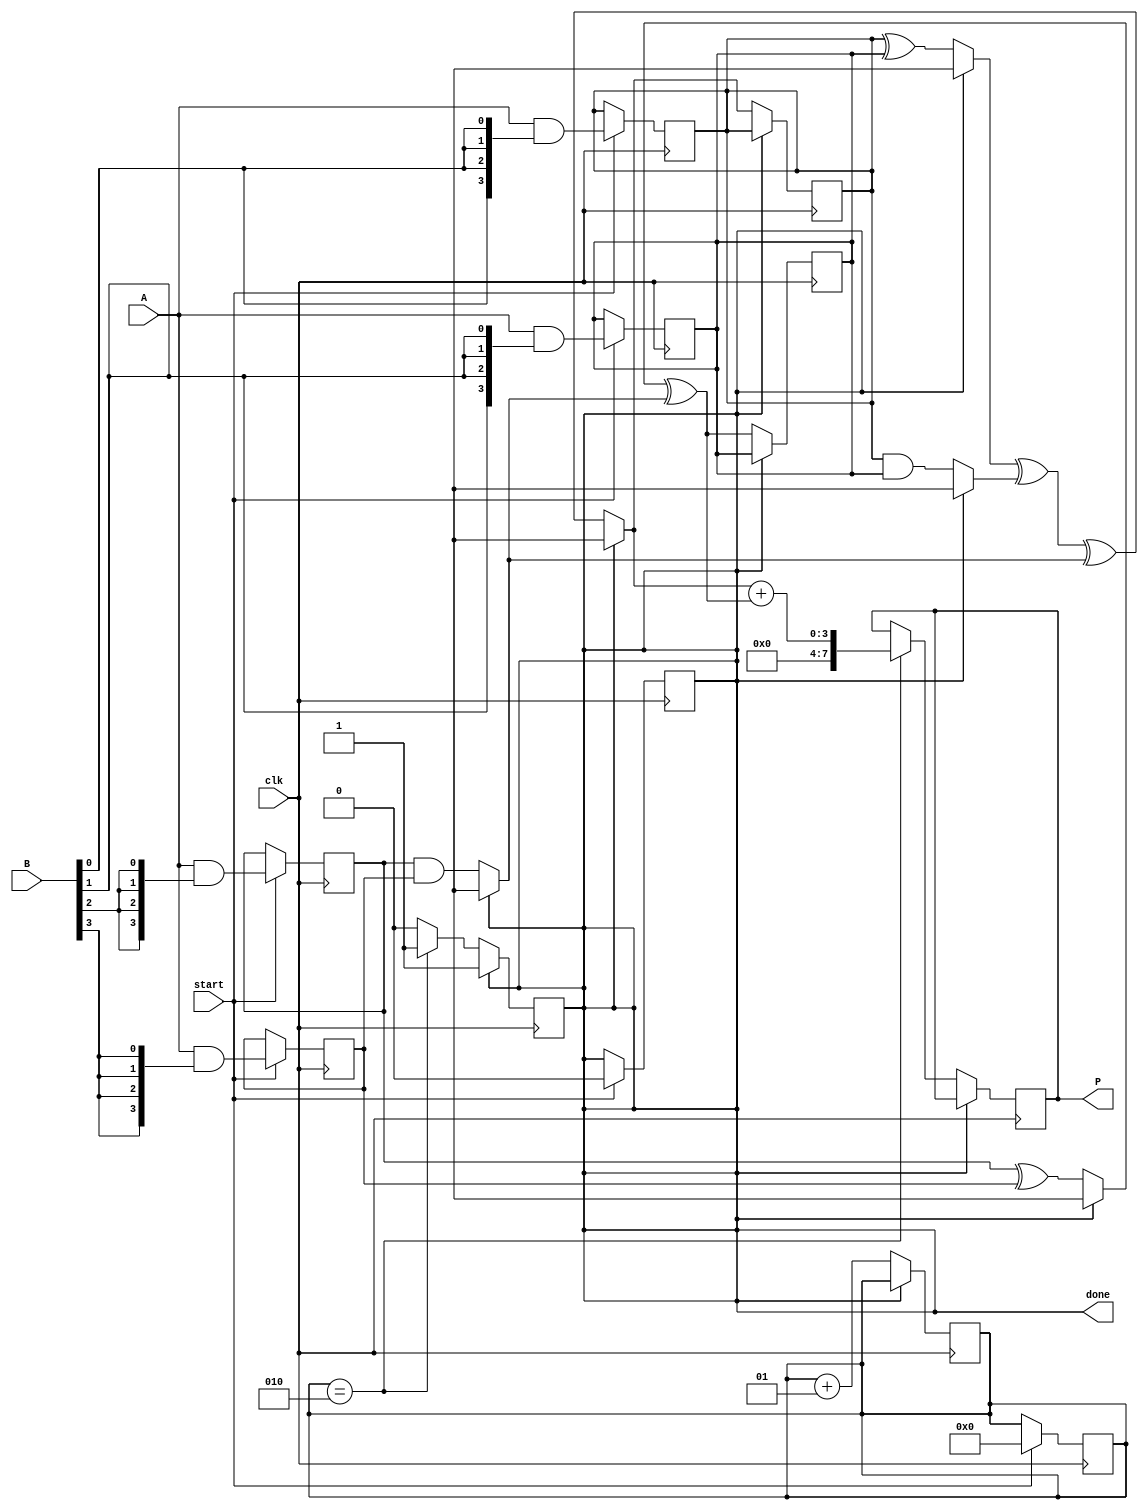
module WallaceTreeMultiplier #(parameter N = 4) (
    input  wire [N-1:0] A,      // N-bit input A
    input  wire [N-1:0] B,      // N-bit input B
    input  wire clk,            // Clock signal
    input  wire start,          // Start signal for multiplication
    output reg [2*N-1:0] P,     // 2N-bit output product
    output reg done             // Done signal
);

    reg [N-1:0] partial_products [0:N-1]; // Partial products
    reg [N-1:0] sum [0:N-1];               // Sums at each stage
    reg [N-1:0] carry [0:N-1];             // Carries at each stage
    reg [N-1:0] final_sum, final_carry;    // Final sum and carry

    integer i, j, stage;

    // Generate partial products
    always @(posedge clk) begin
        if (start) begin
            for (i = 0; i < N; i = i + 1) begin
                partial_products[i] = A & {N{B[i]}};
            end
            stage = 0;
            done = 0;
        end
    end

    // Wallace tree reduction
    always @(posedge clk) begin
        if (!done) begin
            // Combine partial products using half adders and full adders
            for (i = 0; i < N; i = i + 1) begin
                if (i % 2 == 0) begin
                    sum[i/2] = partial_products[i] ^ partial_products[i+1];
                    carry[i/2] = partial_products[i] & partial_products[i+1];
                end
            end
            
            // Shift down for the next stage
            for (i = 0; i < (N + 1) / 2; i = i + 1) begin
                partial_products[i] = sum[i] ^ carry[i];
                if (i + 1 < (N + 1) / 2) begin
                    partial_products[i] = partial_products[i] ^ carry[i + 1];
                end
            end
            
            // Check if we have reduced to two rows
            if (stage == 2) begin
                final_sum = partial_products[0] + partial_products[1];
                P <= final_sum;
                done <= 1;
            end
            
            stage = stage + 1;
        end
    end

endmodule